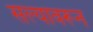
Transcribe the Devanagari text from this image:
सल्यावरून